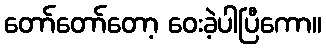
တော်တော်တော့ ဝေးခဲ့ပါပြီကော။